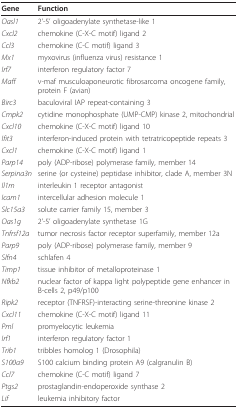
<table><thead><tr><td><b>Gene</b></td><td><b>Function</b></td></tr></thead><tbody><tr><td><i>Oasl1</i></td><td>2&#x27;-5&#x27; oligoadenylate synthetase-like 1</td></tr><tr><td><i>Cxcl2</i></td><td>chemokine (C-X-C motif) ligand 2</td></tr><tr><td><i>Ccl3</i></td><td>chemokine (C-C motif) ligand 3</td></tr><tr><td><i>Mx1</i></td><td>myxovirus (influenza virus) resistance 1</td></tr><tr><td><i>Irf7</i></td><td>interferon regulatory factor 7</td></tr><tr><td><i>Maff</i></td><td>v-maf musculoaponeurotic fibrosarcoma oncogene family, protein F (avian)</td></tr><tr><td><i>Birc3</i></td><td>baculoviral IAP repeat-containing 3</td></tr><tr><td><i>Cmpk2</i></td><td>cytidine monophosphate (UMP-CMP) kinase 2, mitochondrial</td></tr><tr><td><i>Cxcl10</i></td><td>chemokine (C-X-C motif) ligand 10</td></tr><tr><td><i>Ifit3</i></td><td>interferon-induced protein with tetratricopeptide repeats 3</td></tr><tr><td><i>Cxcl1</i></td><td>chemokine (C-X-C motif) ligand 1</td></tr><tr><td><i>Parp14</i></td><td>poly (ADP-ribose) polymerase family, member 14</td></tr><tr><td><i>Serpina3n</i></td><td>serine (or cysteine) peptidase inhibitor, clade A, member 3N</td></tr><tr><td><i>Il1rn</i></td><td>interleukin 1 receptor antagonist</td></tr><tr><td><i>Icam1</i></td><td>intercellular adhesion molecule 1</td></tr><tr><td><i>Slc15a3</i></td><td>solute carrier family 15, member 3</td></tr><tr><td><i>Oas1g</i></td><td>2&#x27;-5&#x27; oligoadenylate synthetase 1G</td></tr><tr><td><i>Tnfrsf12a</i></td><td>tumor necrosis factor receptor superfamily, member 12a</td></tr><tr><td><i>Parp9</i></td><td>poly (ADP-ribose) polymerase family, member 9</td></tr><tr><td><i>Slfn4</i></td><td>schlafen 4</td></tr><tr><td><i>Timp1</i></td><td>tissue inhibitor of metalloproteinase 1</td></tr><tr><td><i>Nfkb2</i></td><td>nuclear factor of kappa light polypeptide gene enhancer in B-cells 2, p49/p100</td></tr><tr><td><i>Ripk2</i></td><td>receptor (TNFRSF)-interacting serine-threonine kinase 2</td></tr><tr><td><i>Cxcl11</i></td><td>chemokine (C-X-C motif) ligand 11</td></tr><tr><td><i>Pml</i></td><td>promyelocytic leukemia</td></tr><tr><td><i>Irf1</i></td><td>interferon regulatory factor 1</td></tr><tr><td><i>Trib1</i></td><td>tribbles homolog 1 (Drosophila)</td></tr><tr><td><i>S100a9</i></td><td>S100 calcium binding protein A9 (calgranulin B)</td></tr><tr><td><i>Ccl7</i></td><td>chemokine (C-C motif) ligand 7</td></tr><tr><td><i>Ptgs2</i></td><td>prostaglandin-endoperoxide synthase 2</td></tr><tr><td><i>Lif</i></td><td>leukemia inhibitory factor</td></tr></tbody></table>